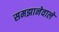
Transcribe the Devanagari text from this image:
समझानेवाले